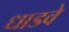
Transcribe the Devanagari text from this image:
धाडवे